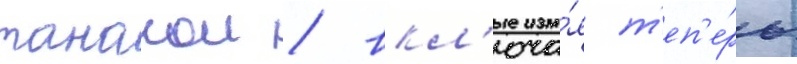
танакои / вкл'юча́я т'еп'е́рь